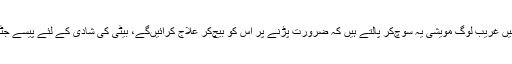
دیہات میں غریب لوگ مویشی یہ سوچ‌کر پالتے ہیں کہ ضرورت پڑنے پر اس کو بیچ‌کر علاج کرائیں‌گے، بیٹی کی شادی کے لئے پیسے جٹائیں‌گے۔